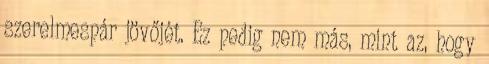
szerelmespár jövőjét. Ez pedig nem más, mint az, hogy